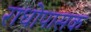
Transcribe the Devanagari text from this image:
राधोपासक